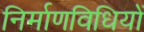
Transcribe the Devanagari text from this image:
निर्माणविधियों